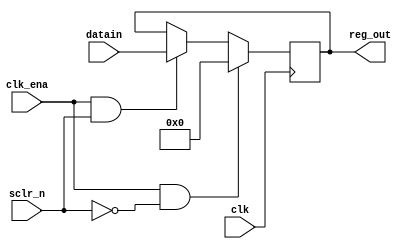
module reg16(
input [15:0]datain,
input clk,sclr_n,clk_ena,
output reg [15:0]reg_out
);


always@(posedge clk)
begin
if(clk_ena==1'b1&&sclr_n==1'b0)
reg_out<='b0;
else if(clk_ena==1'b1&&sclr_n==1'b1)
reg_out<=datain;
else 
reg_out<=reg_out;
end


endmodule